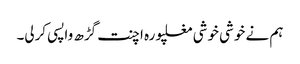
ہم نے خوشی خوشی مغلپورہ اچنت گڑھ واپسی کرلی۔